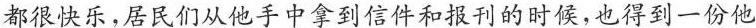
都很快乐，居民们从他手中拿到信件和报刊的时候，也得到一份他